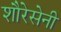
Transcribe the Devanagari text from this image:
शौरेसेनी